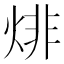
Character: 𤊬